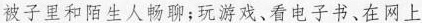
被子里和陌生人畅聊；玩游戏、看电子书、在网上